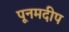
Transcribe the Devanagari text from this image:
पूनमदीप